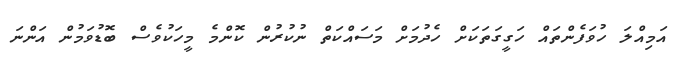
އަމިއްލަ ހުވަފެންތައް ހަގީގަތަކަށް ހެދުމަށް މަސައްކަތް ނުކުރުން ކޮންމެ މީހަކުވެސް ބޮޑުވަމުން އަންނަ